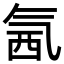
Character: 氥